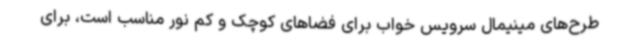
طرح‌های مینیمال سرویس خواب برای فضاهای کوچک و کم نور مناسب است، برای